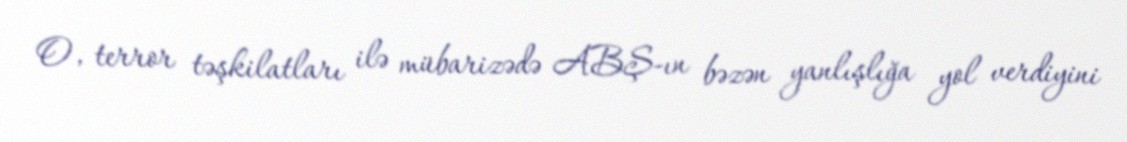
O, terror təşkilatları ilə mübarizədə ABŞ-ın bəzən yanlışlığa yol verdiyini